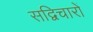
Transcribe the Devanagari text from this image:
सद्विचारों